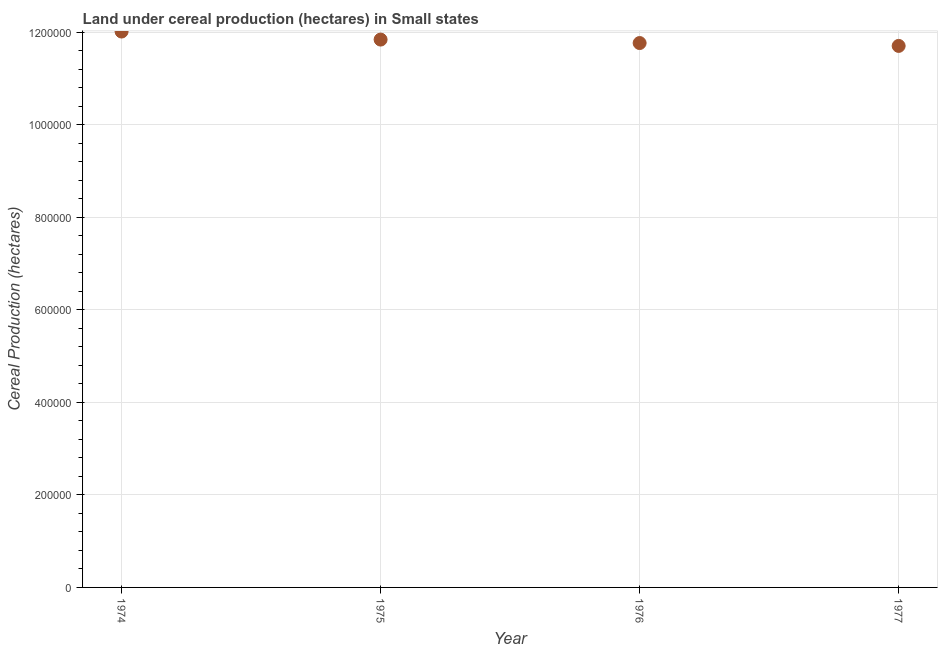
| Year | Land under cereal production (hectares) |
 | --- | --- |
 | 1974 | 1.2e+06 |
 | 1975 | 1.18e+06 |
 | 1976 | 1.18e+06 |
 | 1977 | 1.17e+06 |